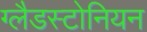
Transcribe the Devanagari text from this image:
ग्लैडस्टोनियन